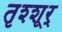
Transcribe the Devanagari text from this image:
तृश्शूर्